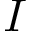
I